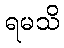
ရမသိ